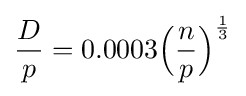
{D \over p}=0.0003{\Big (}{n \over p}{\Big )}^{1 \over 3}